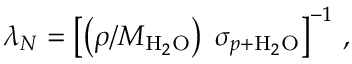
\lambda _ { N } = \left[ \left( \rho / M _ { \mathrm { H } _ { 2 } \mathrm { O } } \right) \; \sigma _ { p + \mathrm { H } _ { 2 } \mathrm { O } } \right] ^ { - 1 } \, ,